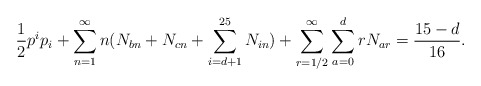
\begin{align*}\frac{1}{2} p^ip_i+\sum_{n=1}^\infty n(N_{bn}+N_{cn}+\sum_{i=d+1}^{25}N_{i n})+\sum_{r=1/2}^\infty\sum_{a=0}^{d} rN_{a r}={15-d \over 16}.\end{align*}